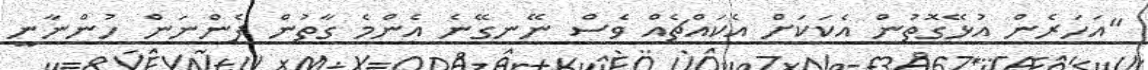
"އަހަރެން އުޅޭގޮތުން އެކަކަށް އެކައްޗެއް ވެސް ނޭނގޭނެ އެންމެ ގާތުން ފެންނަން ހުންނާނީ